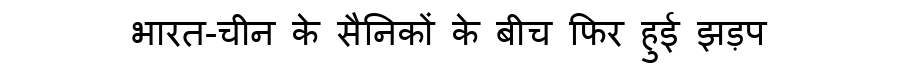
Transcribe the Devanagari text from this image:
भारत-चीन के सैनिकों के बीच फिर हुई झड़प